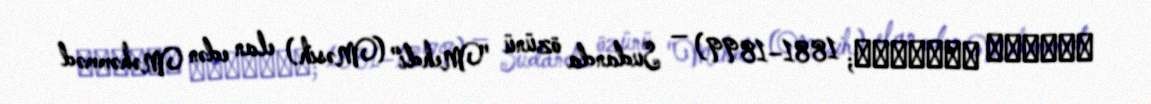
الثورة المهدية; 1881–1899) — Sudanda özünü "Mehdi" (Məsih) elan edən Məhəmməd